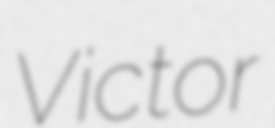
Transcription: Victor